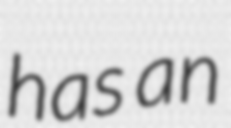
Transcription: has an